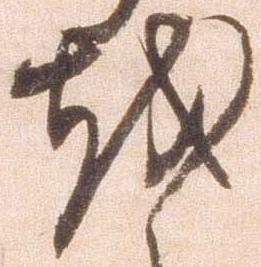
越